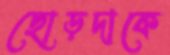
ছোড়দাকে